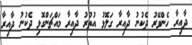
ދާއިރާ ހެންވޭރު ދެކުނު ދާއިރާ ގަލޮޅު އުތުރު ދާއިރާ މައްޗަންގޮޅި ދެކުނު ދާއިރާ